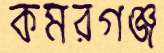
কমরগঞ্জ